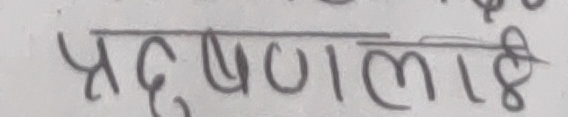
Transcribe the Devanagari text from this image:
प्रदूषणलाई